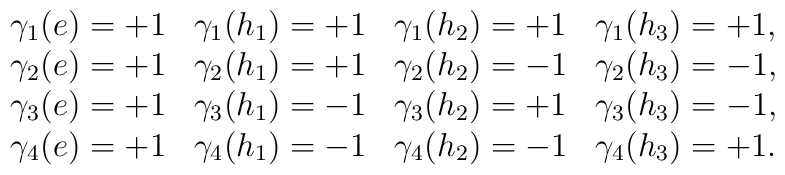
\begin{array}{llll}\gamma_{1} (e)= + 1 & \gamma_{1}(h_{1})=+1 & \gamma_{1}(h_{2})=+1 &\gamma_{1} (h_{3}) = + 1, \\\gamma_{2} (e)= + 1 & \gamma_{2}(h_{1})=+1 & \gamma_{2}(h_{2})=-1 &\gamma_{2} (h_{3}) = - 1, \\\gamma_{3} (e)= + 1 & \gamma_{3}(h_{1})=-1 & \gamma_{3}(h_{2})=+1 &\gamma_{3} (h_{3}) = - 1, \\\gamma_{4} (e)= + 1 & \gamma_{4}(h_{1})=-1 & \gamma_{4}(h_{2})=-1 &\gamma_{4} (h_{3}) = + 1. \\\end{array}